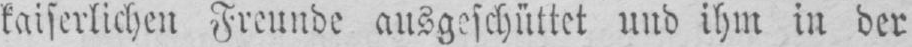
kaiserlichen Freunde ausgeschüttet und ihm in der